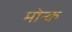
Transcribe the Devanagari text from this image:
मोन्क